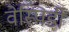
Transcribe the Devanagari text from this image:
वेस्पिडी